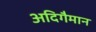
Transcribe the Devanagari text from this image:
अदिगैमान